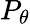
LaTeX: P_{\theta}